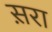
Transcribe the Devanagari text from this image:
स़रा